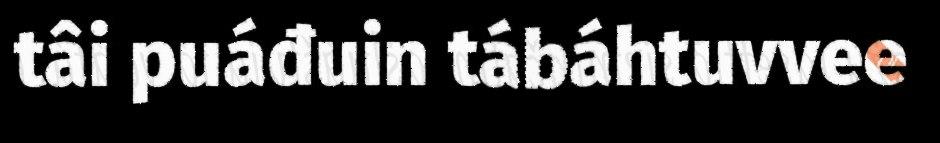
tâi puáđuin tábáhtuvvee